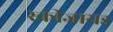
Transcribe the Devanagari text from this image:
स्कीजायड